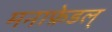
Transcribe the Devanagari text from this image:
मनाफ़ेडल्